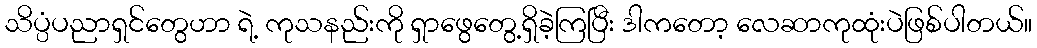
သိပ္ပံပညာရှင်တွေဟာ ရဲ့ ကုသနည်းကို ရှာဖွေတွေ့ရှိခဲ့ကြပြီး ဒါကတော့ လေဆာကုထုံးပဲဖြစ်ပါတယ်။